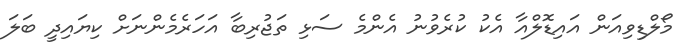
މޯލްޑިވިއަން އައިޑޮލްއާ އެކު ކުރެވުނު އެންމެ ސަޅި ތަޖުރިބާ އަހަރެމެންނަށް ކިޔައިދީ ބަލަ